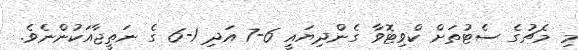
މި މެޗުގެ ސެޓުތަށް ކްވިޓޮވާ ގެންދިޔައީ 6-7 އަދި 1-6 ގެ ނަތީޖާއަކުންނެވެ.